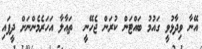
އޭނާ ވިދާޅުވީ ގައުމު ބައްޓަން ކުރަން ޖެހޭނީ  ތައާލާ އަހަރެމެންނަށް ދީފައި